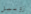
زوبيل